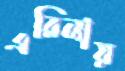
এরিনায়